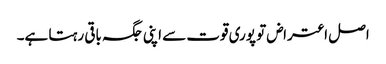
اصل اعتراض تو پوری قوت سے اپنی جگہ باقی رہتا ہے۔